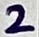
Text: 2